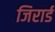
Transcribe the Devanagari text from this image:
जिरार्ड